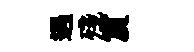
遇殘賔